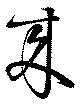
來